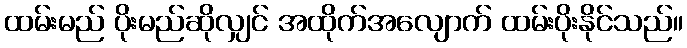
ထမ်းမည် ပိုးမည်ဆိုလျှင် အထိုက်အလျောက် ထမ်းပိုးနိုင်သည်။